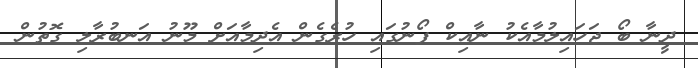
ދީނާ ބޯ ޖަހައިލުމާއެކު ނާއިކް ފޯނުގައި ހުރެގެން އެދިމާއަށް މޫނު އަނބުރާލި ގޮތުން